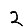
Digit: 2